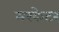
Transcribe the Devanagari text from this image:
मरकेटर